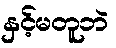
နှင့်မတူဘဲ